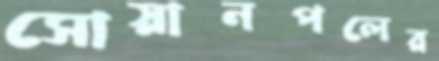
সোয়ানপলের